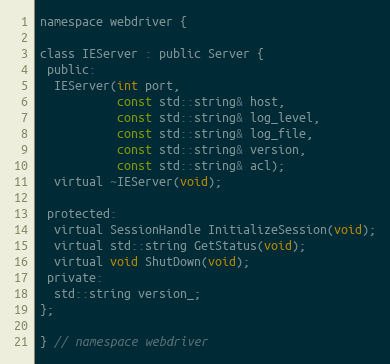
Language: C
namespace webdriver {

class IEServer : public Server {
 public:
  IEServer(int port,
           const std::string& host,
           const std::string& log_level,
           const std::string& log_file,
           const std::string& version,
           const std::string& acl);
  virtual ~IEServer(void);

 protected:
  virtual SessionHandle InitializeSession(void);
  virtual std::string GetStatus(void);
  virtual void ShutDown(void);
 private:
  std::string version_;
};

} // namespace webdriver